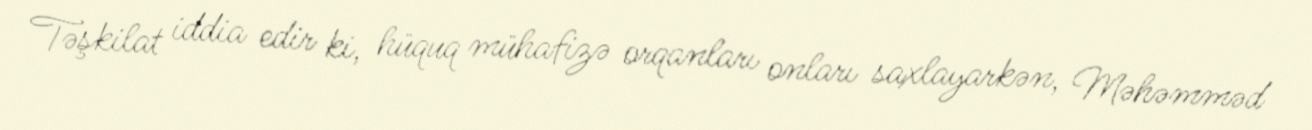
Təşkilat iddia edir ki, hüquq mühafizə orqanları onları saxlayarkən, Məhəmməd